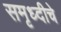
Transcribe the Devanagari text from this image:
समृध्‍दीचे